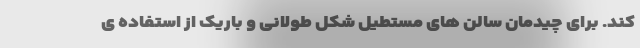
کند. برای چیدمان سالن های مستطیل شکل طولانی و باریک از استفاده ی